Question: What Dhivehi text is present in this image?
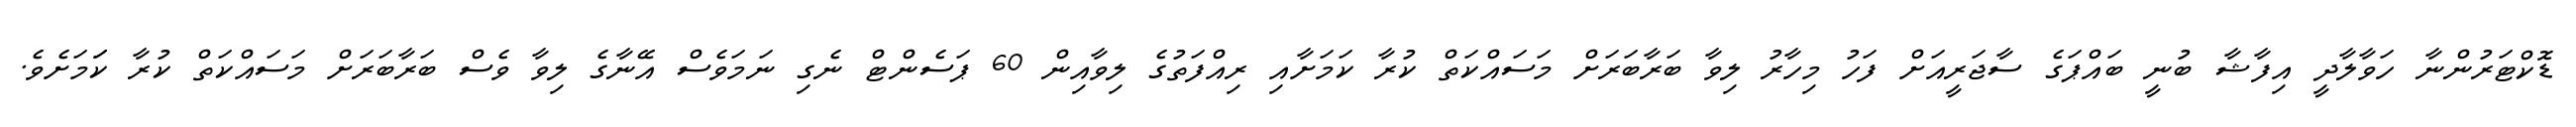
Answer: ޑޮކްޓަރުންނާ ހަވާލާދީ އިފާޝާ ބުނީ ބައްޕަގެ ސާޖަރީއަށް ފަހު މިހާރު ލިވާ ބަރާބަރަށް މަސައްކަތް ކުރާ ކަމަށާއި ރިއްފަތުގެ ލިވާއިން 60 ޕަސެންޓް ނެގި ނަމަވެސް އޭނާގެ ލިވާ ވެސް ބަރާބަރަށް މަސައްކަތް ކުރާ ކަަމަށެވެ.